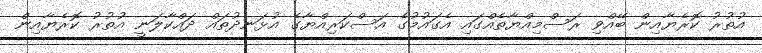
އުތުރު ކޮރެޔާއިން ބޭއްވި ރަސްމިއްޔާތެއްގައި އެގައުމުގެ އަސްކަރިއްޔާގެ އުޅަނދުތައް ދައްކާލަނީ އުތުރު ކޮރެޔާއިން